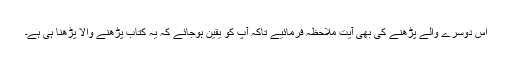
اس دوسرے والے پڑھنے کی بھی آیت ملاحظہ فرمائیے تاکہ آپ کو یقین ہوجائے کہ یہ کتاب پڑھنے والا پڑھنا ہی ہے۔